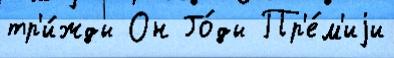
тр'и́жды Он Го́ды Пр'е́м'иjи